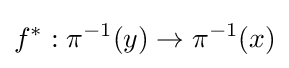
f^{*}:\pi ^{-1}(y)\to \pi ^{-1}(x)